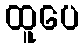
ထူပေ